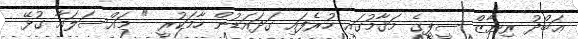
ޢަބްދު ރިޔާޒް ސީޕީގެ މަޤާމުގައި ހުރެފައި ގަދައަޑުން ހާމަކުރީ " މައްސަލައާ ގުޅޭ